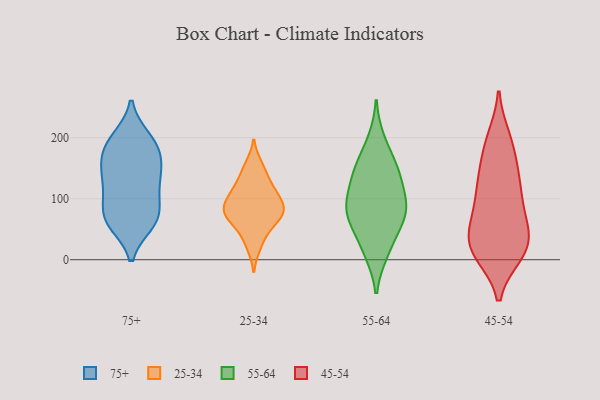
{"axis": {"x": "Active Users", "y": "Value"}, "legend": ["25-34", "45-54", "55-64", "75+"], "data": [{"x": "", "y": 65, "type": "75+"}, {"x": "", "y": 183, "type": "75+"}, {"x": "", "y": 188, "type": "75+"}, {"x": "", "y": 118, "type": "75+"}, {"x": "", "y": 103, "type": "75+"}, {"x": "", "y": 72, "type": "75+"}, {"x": "", "y": 199, "type": "75+"}, {"x": "", "y": 157, "type": "75+"}, {"x": "", "y": 62, "type": "75+"}, {"x": "", "y": 147, "type": "75+"}, {"x": "", "y": 140, "type": "75+"}, {"x": "", "y": 195, "type": "75+"}, {"x": "", "y": 70, "type": "75+"}, {"x": "", "y": 60, "type": "75+"}, {"x": "", "y": 112, "type": "75+"}, {"x": "", "y": 158, "type": "75+"}, {"x": "", "y": 106, "type": "25-34"}, {"x": "", "y": 77, "type": "25-34"}, {"x": "", "y": 82, "type": "25-34"}, {"x": "", "y": 22, "type": "25-34"}, {"x": "", "y": 64, "type": "25-34"}, {"x": "", "y": 91, "type": "25-34"}, {"x": "", "y": 141, "type": "25-34"}, {"x": "", "y": 80, "type": "25-34"}, {"x": "", "y": 45, "type": "25-34"}, {"x": "", "y": 114, "type": "25-34"}, {"x": "", "y": 155, "type": "25-34"}, {"x": "", "y": 72, "type": "25-34"}, {"x": "", "y": 115, "type": "25-34"}, {"x": "", "y": 68, "type": "55-64"}, {"x": "", "y": 84, "type": "55-64"}, {"x": "", "y": 19, "type": "55-64"}, {"x": "", "y": 59, "type": "55-64"}, {"x": "", "y": 157, "type": "55-64"}, {"x": "", "y": 145, "type": "55-64"}, {"x": "", "y": 194, "type": "55-64"}, {"x": "", "y": 127, "type": "55-64"}, {"x": "", "y": 87, "type": "55-64"}, {"x": "", "y": 96, "type": "55-64"}, {"x": "", "y": 141, "type": "55-64"}, {"x": "", "y": 13, "type": "55-64"}, {"x": "", "y": 78, "type": "55-64"}, {"x": "", "y": 139, "type": "45-54"}, {"x": "", "y": 10, "type": "45-54"}, {"x": "", "y": 49, "type": "45-54"}, {"x": "", "y": 13, "type": "45-54"}, {"x": "", "y": 27, "type": "45-54"}, {"x": "", "y": 72, "type": "45-54"}, {"x": "", "y": 138, "type": "45-54"}, {"x": "", "y": 107, "type": "45-54"}, {"x": "", "y": 192, "type": "45-54"}, {"x": "", "y": 82, "type": "45-54"}, {"x": "", "y": 199, "type": "45-54"}, {"x": "", "y": 25, "type": "45-54"}, {"x": "", "y": 108, "type": "45-54"}, {"x": "", "y": 138, "type": "45-54"}, {"x": "", "y": 14, "type": "45-54"}, {"x": "", "y": 33, "type": "45-54"}, {"x": "", "y": 64, "type": "45-54"}, {"x": "", "y": 13, "type": "45-54"}, {"x": "", "y": 185, "type": "45-54"}]}